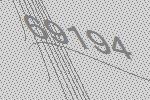
69194